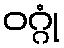
ဝဂ္ဂုံ